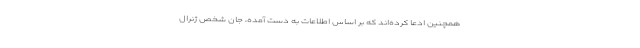
همچنین ادعا کرده‌اند که بر اساس اطلاعات به دست‌ آمده، جان شخص ژنرال